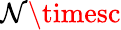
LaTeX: \mathcal{N}\timesc